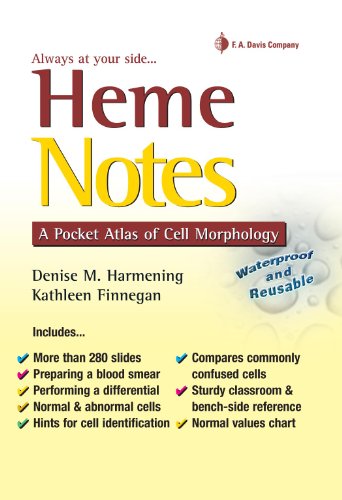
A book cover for Heme Notes: A Pocket Atlas of Cell Morphology; Denise M. Harmening PhD  MLS(ASCP)  CLS(NCA); Medical Books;